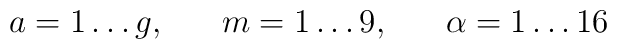
a = 1 \ldots g, \; \; \; \; \; \; m = 1 \ldots 9, \; \; \; \; \; \; \alpha = 1 \ldots 16